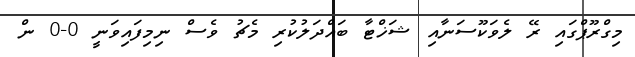
މިގްރޫޕްގައި ރޭ ލެވަކޫސަނާއި ޝަޚްޓާ ބައްދަލުކުރި މެޗު ވެސް ނިމިފައިވަނީ 0-0 ން